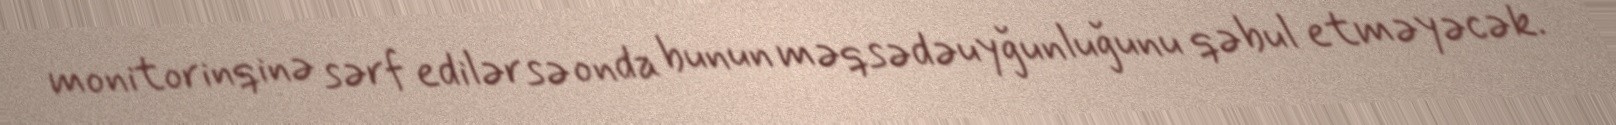
monitorinqinə sərf edilərsə onda bunun məqsədəuyğunluğunu qəbul etməyəcək.